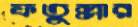
ফতুল্লার